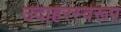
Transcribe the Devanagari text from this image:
उदाहरस्वरूप